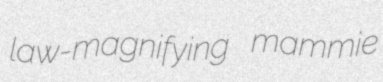
law-magnifying mammie